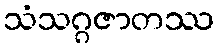
သံသဂ္ဂဇာတဿ